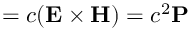
{ \bf \Pi } = c ( { \bf E } \times { \bf H } ) = c ^ { 2 } { \bf P }